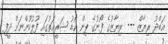
އަބްދު ރިޔާޒް --- ރިޔާޒުގެ ފޯނުގެ ޕިން ކޯޑު ޝަރީއަތުގައި ފުލުހުންނަށް ދީފި